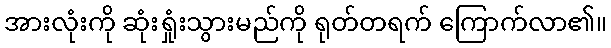
အားလုံးကို ဆုံးရှုံးသွားမည်ကို ရုတ်တရက် ကြောက်လာ၏။